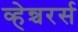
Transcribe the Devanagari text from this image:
व्हेन्चरर्स